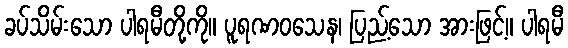
ခပ်သိမ်းသော ပါရမီတို့ကို။ ပူရဏဝသေန၊ ပြည့်သော အားဖြင့်။ ပါရမီ